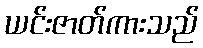
ယင်းဇာတ်ကားသည်